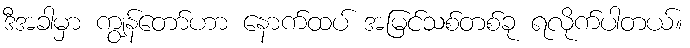
ဒီအခါမှာ ကျွန်တော်ဟာ နောက်ထပ် အမြင်သစ်တစ်ခု ရလိုက်ပါတယ်။